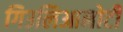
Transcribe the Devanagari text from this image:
गिउलिआनोटी